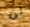
لن